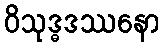
ဝိသုဒ္ဓဒဿနော